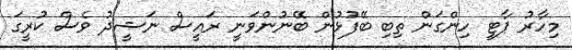
މިހާރު ޕާޓީ ހިންގަން ތިބި ބޭފުޅުން ބޭނުންވަނީ ރައީސް ނަޝީދު ވެސް ކުރީގަ